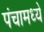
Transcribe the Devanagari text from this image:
पंचामध्ये